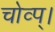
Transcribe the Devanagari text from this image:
चोव्प्।